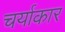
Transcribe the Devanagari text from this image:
चर्याकार